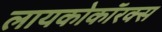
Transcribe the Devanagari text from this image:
लायकोकॉरक्स